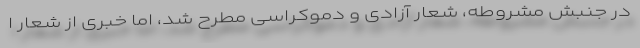
در جنبش مشروطه، شعار آزادی و دموکراسی مطرح شد، اما خبری از شعار ا